Indian journal of veterinary science and animal husbandry - Volume 1,
Year: 1931
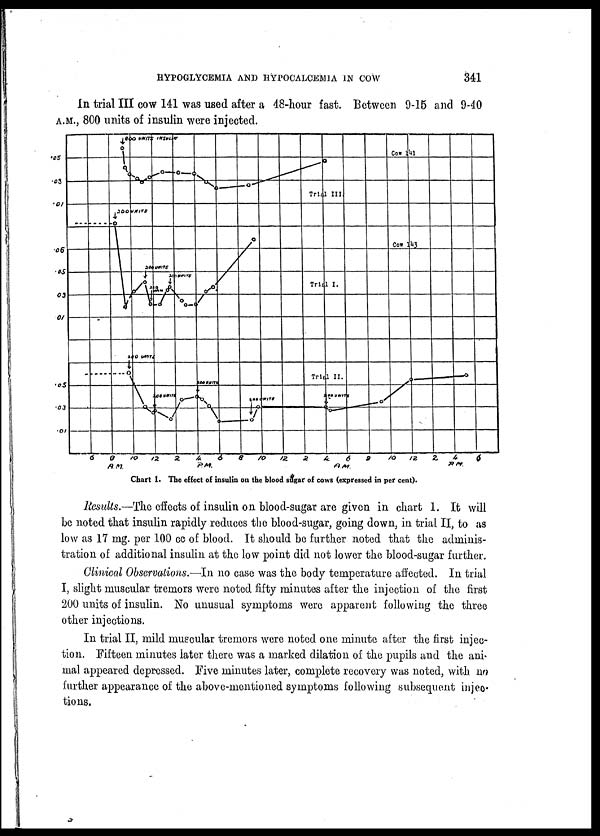
HYPOGLYCEMIA AND HYPOCALCEMIA IN COW
341
In trial III cow 141 was used after a 48-hour fast. Between 9-15 and 9-40
A.M., 800 units of insulin were injected.
Chart 1. The effect of insulin on the blood sugar of cows (expressed in per cent).
Results.—The effects of insulin on blood-sugar are given in chart 1. It will
be noted that insulin rapidly reduces the blood-sugar, going down, in trial II, to as
low as 17 mg. per 100 cc of blood. It should be further noted that the adminis-
tration of additional insulin at the low point did not lower the blood-sugar further.
Clinical Observations. —In no case was the body temperature affected. In trial
I, slight muscular tremors were noted fifty minutes after the injection of the first
200 units of insulin. No unusual symptoms were apparent following the three
other injections.
In trial II, mild muscular tremors were noted one minute after the first injec-
tion. Fifteen minutes later there was a marked dilation of the pupils and the ani-
mal appeared depressed. Five minutes later, complete recovery was noted, with no
further appearance of the above-mentioned symptoms following subsequent injec-
tions.